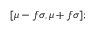
[ \mu - f \sigma , \mu + f \sigma ] ;